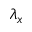
\lambda _ { x }